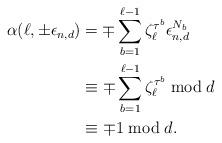
LaTeX: \begin{align*}\alpha(\ell,\pm \epsilon_{n,d}) &= \mp \sum_{b=1}^{\ell -1} \zeta_{\ell}^{\tau^b} \epsilon_{n,d}^{N_b} \\&\equiv \mp \sum_{b=1}^{\ell-1} \zeta_{\ell}^{\tau^b} \bmod{d} \\&\equiv \mp 1 \bmod{d}.\end{align*}